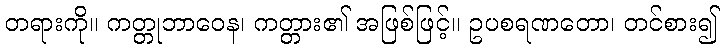
တရားကို။ ကတ္တုဘာဝေန၊ ကတ္တား၏ အဖြစ်ဖြင့်။ ဥပစရဏတော၊ တင်စား၍